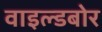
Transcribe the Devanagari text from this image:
वाइल्डबोर